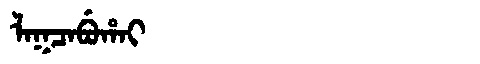
Manchu: ᠯᠠᡴᠴᠠᠪᡠᡥᠠᡳ
Romanization: LAKCABUHAI